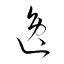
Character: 逸